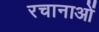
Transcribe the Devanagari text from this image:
रचानाओं